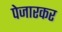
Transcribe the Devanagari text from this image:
पेजारकर